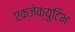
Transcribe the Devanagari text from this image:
एक्जेक्युटिभ